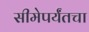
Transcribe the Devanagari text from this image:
सीमेपर्यंतचा